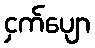
ငှက်ပျော